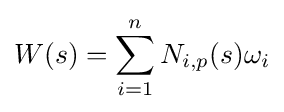
W(s)=\sum _{i=1}^{n}N_{i,p}(s)\omega _{i}